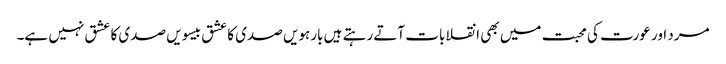
مرد اور عورت کی محبت میں بھی انقلابات آتے رہتے ہیں بارہویں صدی کا عشق بیسویں صدی کا عشق نہیں ہے۔